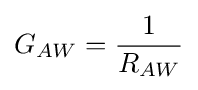
G_{AW}={\frac {1}{R_{AW}}}